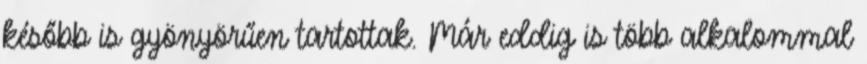
később is gyönyörűen tartottak. Már eddig is több alkalommal